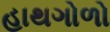
હાથગોળો